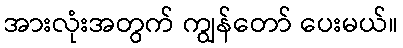
အားလုံးအတွက် ကျွန်တော် ပေးမယ်။